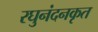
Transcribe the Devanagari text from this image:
रघुनंदनकृत